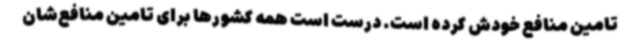
تامین منافع خودش کرده است. درست است همه کشورها برای تامین منافع‌شان